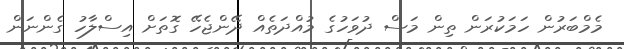
މެމްބަރުން ހަމަކުރަން ތިން މަސް ދުވަހުގެ މުއްދަތެއް ދޭންޖެހޭ ގޮތަށް އިސްލާހު ގެންނަން